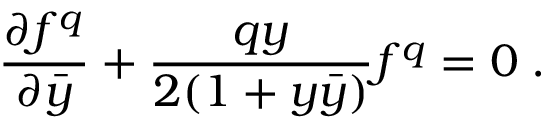
{ \frac { \partial f ^ { q } } { \partial \bar { y } } } + { \frac { q y } { 2 ( 1 + y \bar { y } ) } } f ^ { q } = 0 \; .